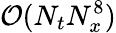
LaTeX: \mathcal{O}(N_{t}N_{x}^{8})